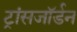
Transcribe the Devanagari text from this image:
ट्रांसजॉर्डन